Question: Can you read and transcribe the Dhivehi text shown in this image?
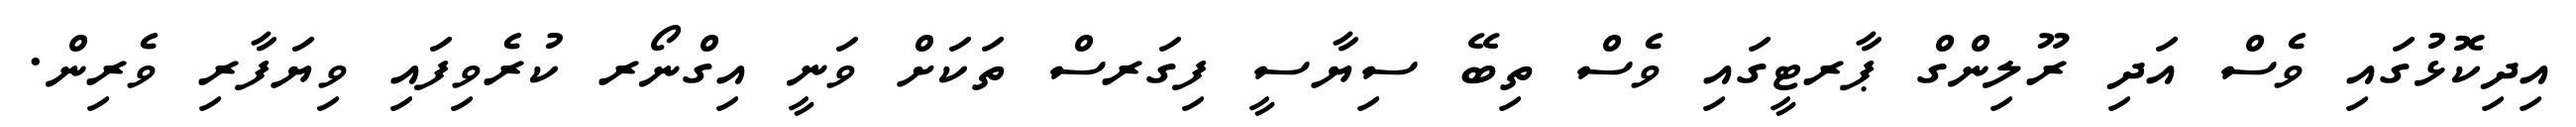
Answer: އިދިކޮޅުގައި ވެސް އަދި ރޫލިންގް ޕާރޓީގައި ވެސް ތިބޭ ސިޔާސީ ފިގަރސް ތަކަށް ވަނީ އިގްނޯރ ކުރެވިފައި ވިޔަފާރި ވެރިން.